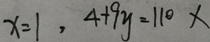
x = 1 , 4 + 9 y = 1 1 0 x